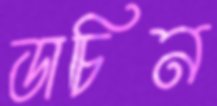
ডাচিন